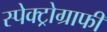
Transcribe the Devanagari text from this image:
स्पेक्ट्रोग्राफी